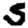
Digit: 5